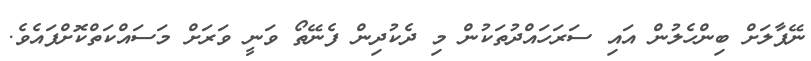
ނޭޕާލަށް ބިންހެލުން އައި ސަރަހައްދުތަކުން މި ދެކުދިން ފެނޭތޯ ވަނީ ވަރަށް މަސައްކަތްކޮށްފައެވެ.